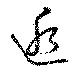
逅